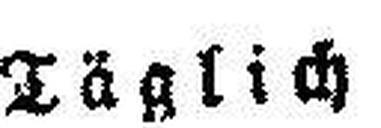
Täglich